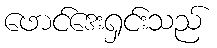
ဖောင်ဒေးရှင်းသည်